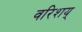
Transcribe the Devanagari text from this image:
वरिशय्